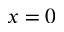
x = 0